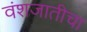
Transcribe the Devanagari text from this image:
वंशजातीचा